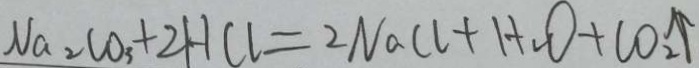
N a _ { 2 } C O _ { 3 } + 2 H C l = 2 N a C l + H _ { 2 } O + C O _ { 2 } \uparrow